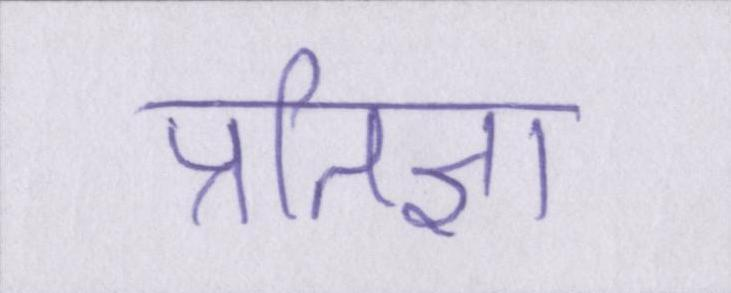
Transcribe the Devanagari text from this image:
प्रतिज्ञा